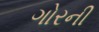
ગોરની